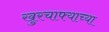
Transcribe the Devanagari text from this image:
खुरचाफ्याच्या